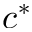
c ^ { * }